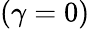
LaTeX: (\gamma=0)